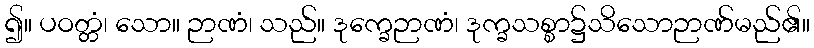
၍။ ပဝတ္တံ၊ သော။ ဉာဏံ၊ သည်။ ဒုက္ခေဉာဏံ၊ ဒုက္ခသစ္စာ၌သိသောဉာဏ်မည်၏။